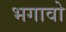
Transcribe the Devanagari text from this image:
भगावो